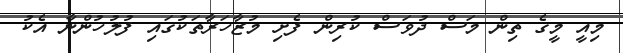
މިއީ މީގެ ތިން މަސް ދުވަސް ކުރިން ފެށި މުޒާހަރާތަކުގައި ފުލުހުންނާ އެކު